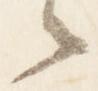
之